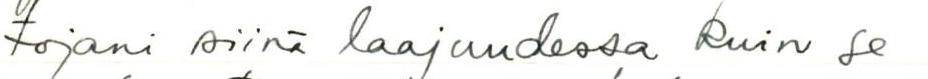
tojani siinä laajuudessa kuin se